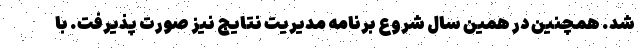
شد. همچنین در همین سال شروع برنامه مدیریت نتایج نیز صورت پذیرفت. با